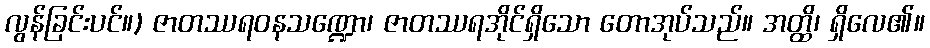
လွန်ခြင်းပင်။) ဇာတဿရဝနသဏ္ဍော၊ ဇာတဿရအိုင်ရှိသော တောအုပ်သည်။ အတ္ထိ၊ ရှိလေ၏။